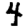
Digit: 4